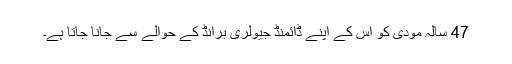
47 سالہ مودی کو اس کے اپنے ڈائمنڈ جیولری برانڈ کے حوالے سے جانا جاتا ہے۔